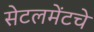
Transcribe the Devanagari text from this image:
सेटलमेंटचे